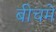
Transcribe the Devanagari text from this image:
बीचमे